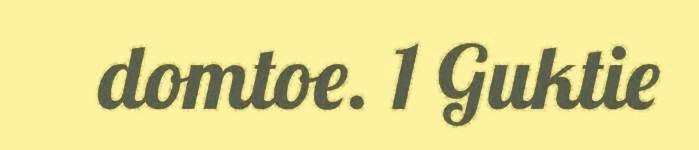
domtoe. 1 Guktie